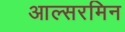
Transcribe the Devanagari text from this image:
आल्सरमिन